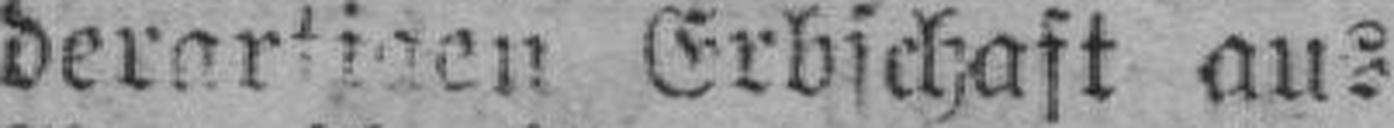
derartigen Erbschaft aus